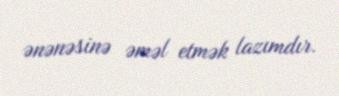
ənənəsinə əməl etmək lazımdır.